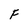
Character: F